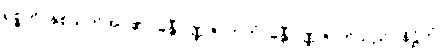
ရုစ္စတိ၊ နှစ်သက်အပ်၏။ ခန္တီဝဏ္ဏဇာတကံ၊ ခန္တီဝဏ္ဏဇာတ်သည်။ နိဋ္ဌိတံ၊